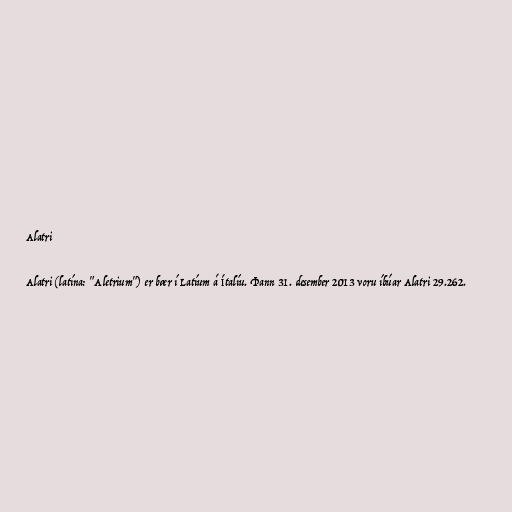
Alatri

Alatri (latína: "Aletrium") er bær í Latíum á Ítalíu. Þann 31. desember 2013 voru íbúar Alatri 29.262.